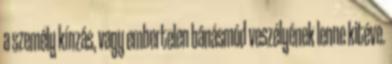
a személy kínzás, vagy embertelen bánásmód veszélyének lenne kitéve.